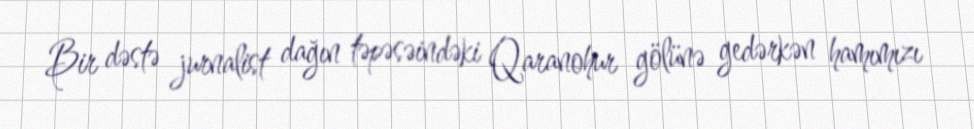
Bir dəstə jurnalist dağın təpəsəindəki Qaranohur gölünə gedərkən hamımızı